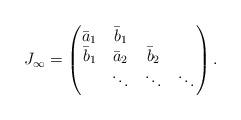
LaTeX: \begin{align*}J_\infty = \begin{pmatrix}\bar a_1&\bar b_1\\\bar b_1&\bar a_2&\bar b_2\\&\ddots&\ddots&\ddots\end{pmatrix}.\end{align*}